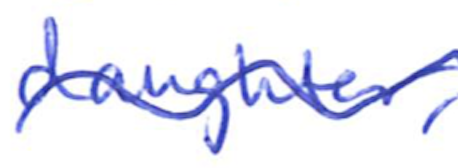
Text: daughter,
Cross-out: wave
Writing tool: ballpoint